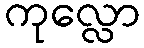
ကုလ္လော